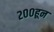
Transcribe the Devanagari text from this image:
२००हून